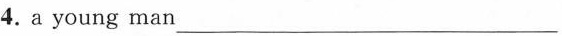
4.a young man ___